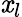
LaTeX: \mathit{x}_{l}